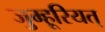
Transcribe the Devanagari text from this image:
जुम्हूरियत्